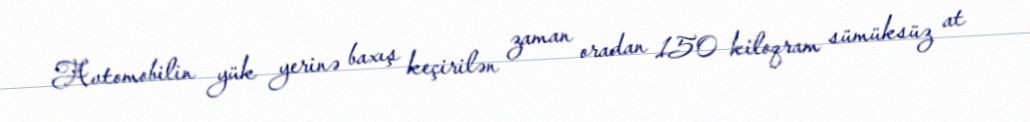
Avtomobilin yük yerinə baxış keçirilən zaman oradan 150 kiloqram sümüksüz at